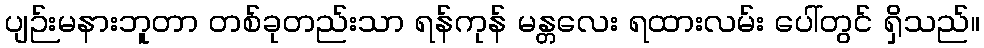
ပျဉ်းမနားဘူတာ တစ်ခုတည်းသာ ရန်ကုန် မန္တလေး ရထားလမ်း ပေါ်တွင် ရှိသည်။